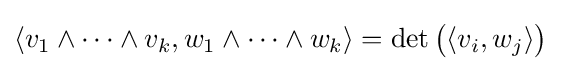
\left\langle v_{1}\wedge \cdots \wedge v_{k},w_{1}\wedge \cdots \wedge w_{k}\right\rangle =\det {\bigl (}\langle v_{i},w_{j}\rangle {\bigr )}